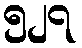
၅၂၇